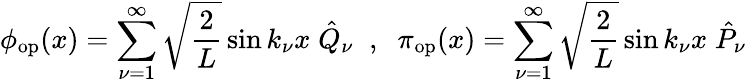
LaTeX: \phi_{\mathrm{op}}(x)=\sum_{\nu=1}^{\infty}\sqrt{\frac{2}{L}}\sin k_{\nu}x\; \hat{Q}_{\nu}\; \; ,\; \; \pi_{\mathrm{op}}(x)=\sum_{\nu=1}^{\infty}\sqrt{\frac{2}{L}}\sin k_{\nu}x\; \hat{P}_{\nu}